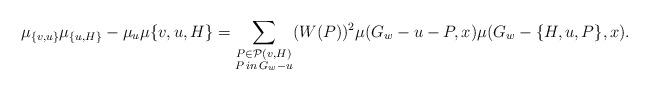
LaTeX: \begin{align*}\mu_{\{v,u\}}\mu_{\{u,H\}}-\mu_{u}\mu{\{v,u,H\}}=\sum_{\substack{P\in \mathcal{P}(v,H) \\ P\, in\, G_w-u }}(W(P))^{2}\mu(G_w-u-P,x)\mu(G_w-\{H,u,P\},x).\end{align*}